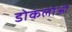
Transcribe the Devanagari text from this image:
डोकलोओ